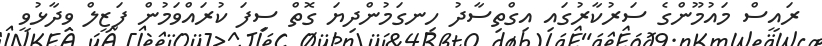
ރައީސް މައުމޫންގެ ސަރުކާރުގައި އިގްތިސާދު ހިނގަމުންދިޔަ ގޮތް ސިފަ ކުރައްވަމުން ފަޒީލް ވިދާޅުވީ